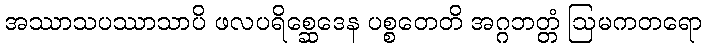
အဿာသပဿာသာပိ ဖလပရိစ္ဆေဒေန ပစ္စတေတိ အဂ္ဂဘတ္တံ ဩမကတရော